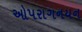
ઓપરાગનયન